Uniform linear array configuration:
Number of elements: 16
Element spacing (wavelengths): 0.5
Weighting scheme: blackman
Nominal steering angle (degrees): -45
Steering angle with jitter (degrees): -45.552
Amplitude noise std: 0.05
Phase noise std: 0.05

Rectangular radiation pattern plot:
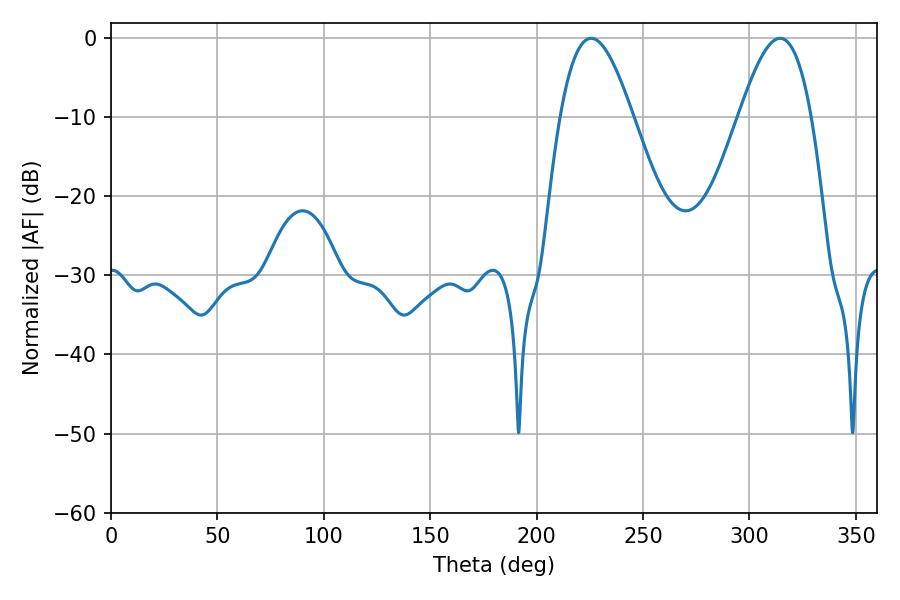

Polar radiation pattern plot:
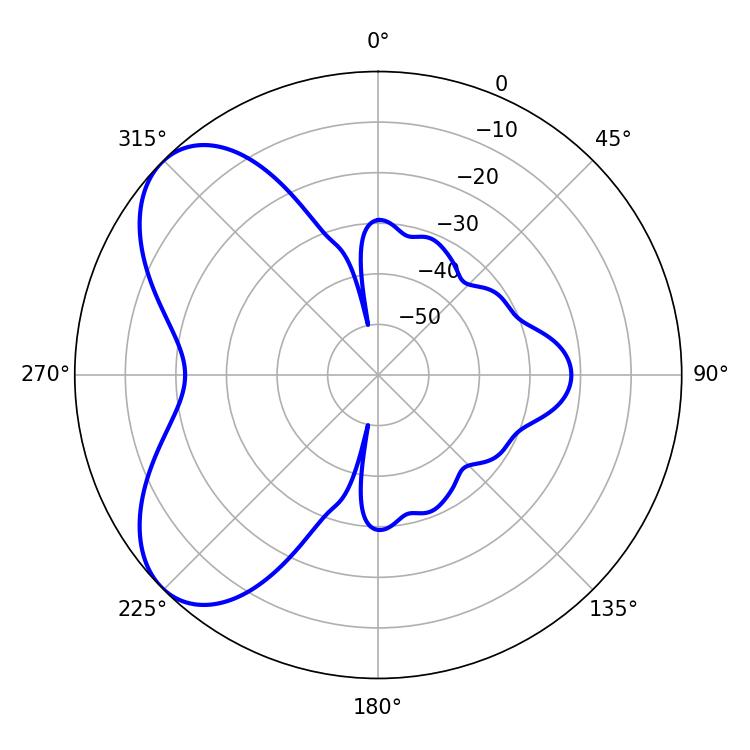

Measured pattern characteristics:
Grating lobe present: FALSE
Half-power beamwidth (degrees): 18.36
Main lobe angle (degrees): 225.54